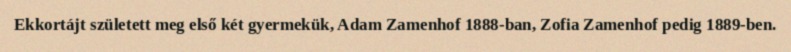
Ekkortájt született meg első két gyermekük, Adam Zamenhof 1888-ban, Zofia Zamenhof pedig 1889-ben.